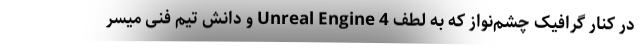
در کنار گرافیک چشم‌نواز که به لطف Unreal Engine 4 و دانش تیم فنی میسر